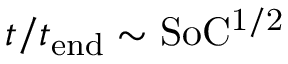
t / t _ { \mathrm { e n d } } \sim \mathrm { S o C ^ { 1 / 2 } }